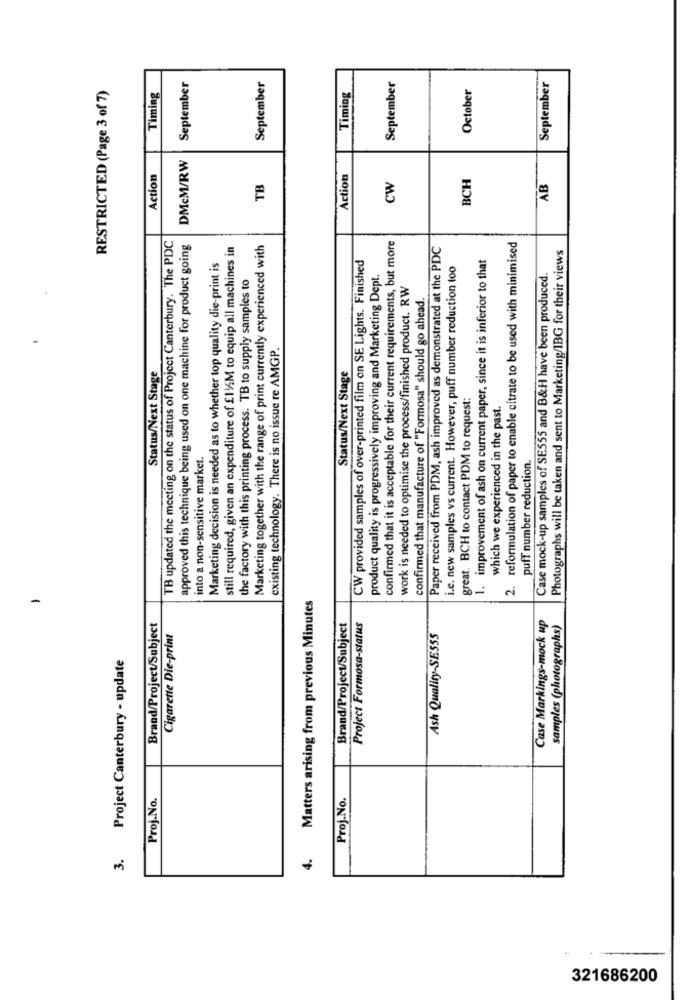
September
September
RESTRICTED (Page 3 of 7)
September
October
September
Timing
Timing
DMcM/RW
Action
Action
BCH
TB
CW
AB
TB updated the meeting on the status of Project Canterbury. The PDC
approved this technique being used on one machine for product going
still required, given an expenditure of £11/M to equip all machines in
Marketing together with the range of print currently experienced with
confirmed that it is acceptable for their current requirements, but more
Paper received from PDM, ash improved as demonstrated at the PDC
2. reformulation of paper to enable citrate to be used with minimised
1. improvement of ash on current paper, since it is inferior to that
Photographs will be taken and sent to Marketing/IBG for their views
Marketing decision is needed as to whether top quality die-print is
CW provided samples of over-printed film on SE Lights. Finished
i.e. new samples vs current. However, puff number reduction too
the factory with this printing process. TB to supply samples to
product quality is progressively improving and Marketing Dept.
Case mock-up samples of SE555 and B&H have been produced.
work is needed to optimise the process/finished product. RW
confirmed that manufacture of "Formosa" should go ahead.
existing technology. There is no issue re AMGP.
Status/Next Stage
Status/Next Stage
great. BCH to contact PDM to request:
which we experienced in the past.
into a non-sensitive market.
puff number reduction.
Matters arising from previous Minutes
Case Markings-mock up
Brand/Project/Subject
Brand/Project/Subject
Project Formosa-status
samples (photographs)
Cigarette Die-print
Ash Quality-SESSS
Project Canterbury - update
Proj.No.
Proj.No.
4.
321686200